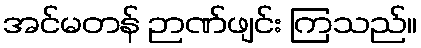
အင်မတန် ဉာဏ်ဖျင်း ကြသည်။